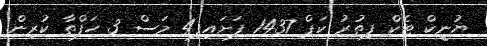
ޔުނީކް ޓެކް ފިތުރު ކަޕް 1437 ފަށައިފި4 މަސް 3 ހަފްތާ ކުރިން.